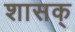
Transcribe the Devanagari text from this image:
शासक्